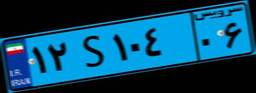
۱۲S۱۰۴۰۶